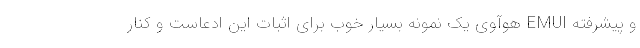
و پیشرفته EMUI هوآوی یک نمونه بسیار خوب برای اثبات این ادعاست و کنار